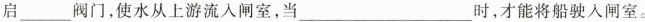
启___阀门，使水从上游流入闸室，当___时，才能将船驶入闸室。